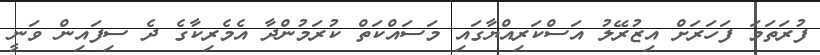
ފުރަތަމަ ފަހަރަށް އިޒުރޭލު އަސްކަރިއްޔާގައި މަސައްކަތް ކުރަމުންދާ އެމެރިކާގެ ދެ ސިފައިން ވަނީ